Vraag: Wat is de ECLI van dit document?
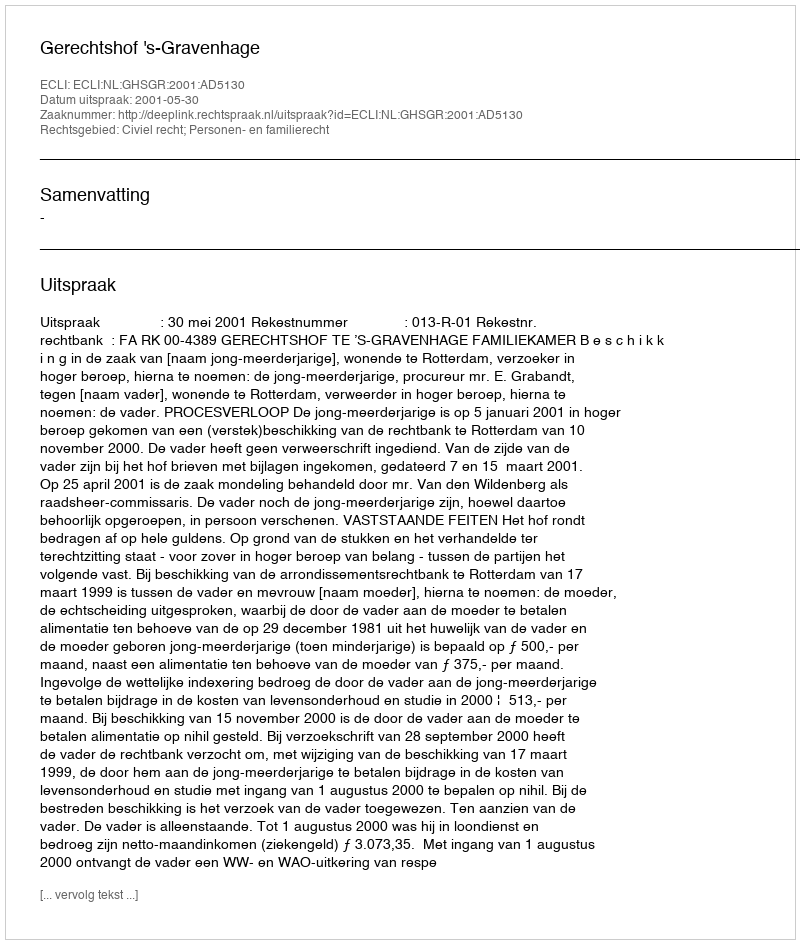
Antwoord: ECLI:NL:GHSGR:2001:AD5130